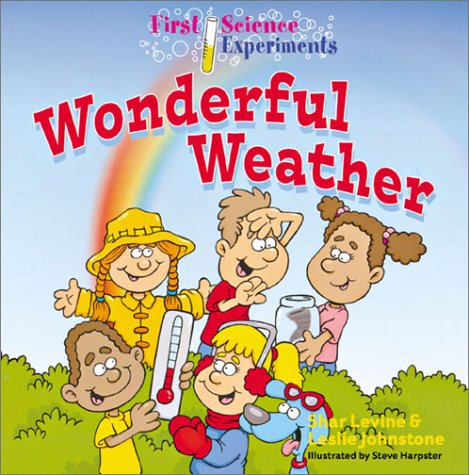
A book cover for First Science Experiments: Wonderful Weather; Shar Levine; Humor & Entertainment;